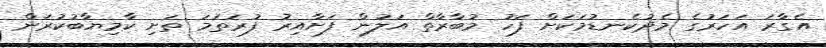
އެގާރަ އަހަރުގެ މެދުކެނޑުމަކަށް ފަހު މުބާރާތް އަލުން ފަށާއިރު ފުރަތަމަ ތަށި ކާމިޔާބުކުރަން